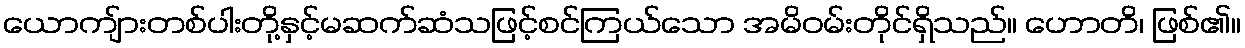
ယောကျ်ားတစ်ပါးတို့နှင့်မဆက်ဆံသဖြင့်စင်ကြယ်သော အမိဝမ်းတိုင်ရှိသည်။ ဟောတိ၊ ဖြစ်၏။